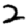
Digit: 2